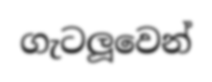
ගැටලූවෙන්